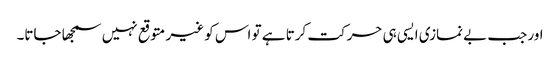
اور جب بے نمازی ایسی ہی حرکت کرتا ہے تو اس کو غیر متوقع نہیں سمجھا جاتا۔